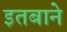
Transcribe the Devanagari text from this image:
इतबाने